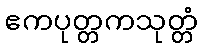
ဧကပုတ္တကသုတ္တံ